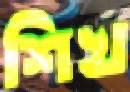
শিখ